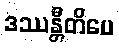
ဒဿန္တီတိပေ